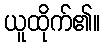
ယူထိုက်၏။